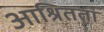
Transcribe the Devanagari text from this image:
आश्रितता